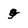
Character: g